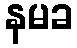
နမခ